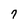
Character: 7